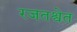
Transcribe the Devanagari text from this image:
रजतश्वेत